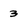
Character: 3